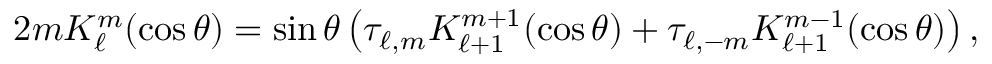
2 m K _ { \ell } ^ { m } ( \cos \theta ) = \sin \theta \left( \tau _ { \ell , m } K _ { \ell + 1 } ^ { m + 1 } ( \cos \theta ) + \tau _ { \ell , - m } K _ { \ell + 1 } ^ { m - 1 } ( \cos \theta ) \right) ,